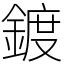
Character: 鍍